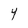
Character: Y